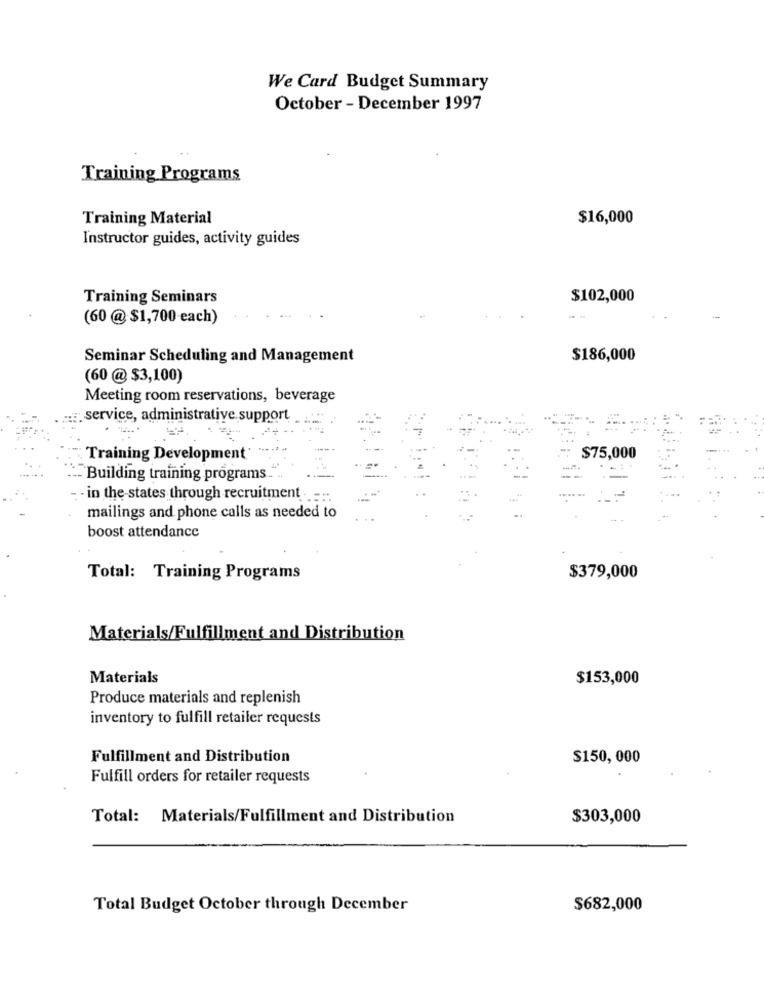
We Card Budget Summary
October - December 1997
Training Programs
Training Material
$16,000
Instructor guides, activity guides
Training Seminars
$102,000
(60 @ $1,700 each)
Seminar Scheduling and Management
$186,000
(60 @ $3,100)
Meeting room reservations, beverage
.:: service, administrative support
--
Training Development'
$75,000
`Building training programs .. "
--
-
- in the-states through recruitment
mailings and phone calls as needed to
boost attendance
Total: Training Programs
$379,000
Materials/Fulfillment and Distribution
Materials
$153,000
Produce materials and replenish
inventory to fulfill retailer requests
Fulfillment and Distribution
$150, 000
Fulfill orders for retailer requests
Total: Materials/Fulfillment and Distribution
$303,000
Total Budget October through December
$682,000